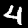
Digit: 4